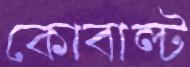
কোবাল্ট